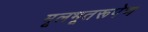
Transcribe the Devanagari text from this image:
मूलभूतरूपेण